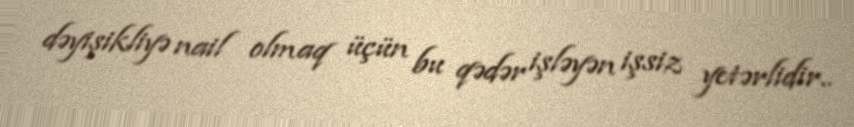
dəyişikliyə nail olmaq üçün bu qədər işləyən işsiz yetərlidir..